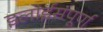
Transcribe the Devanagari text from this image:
इलोईसंपूर्ण